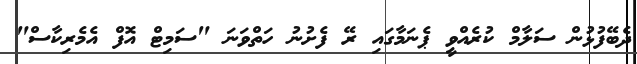
ދެބޭފުޅުން ސަލާމް ކުރެއްވީ ޕެނަމާގައި ރޭ ފެށުނު ހަތްވަނަ "ސަމިޓް އޮފް އެމެރިކާސް"